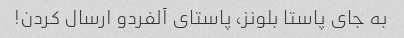
به جای پاستا بلونز، پاستای آلفردو ارسال کردن!